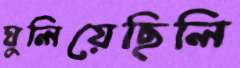
ঘুলিয়েছিলি